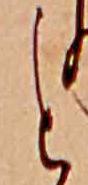
と